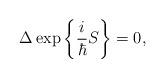
LaTeX: \begin{align*} \Delta\exp\bigg\{\frac{i}{\hbar}S\bigg\}=0,\end{align*}